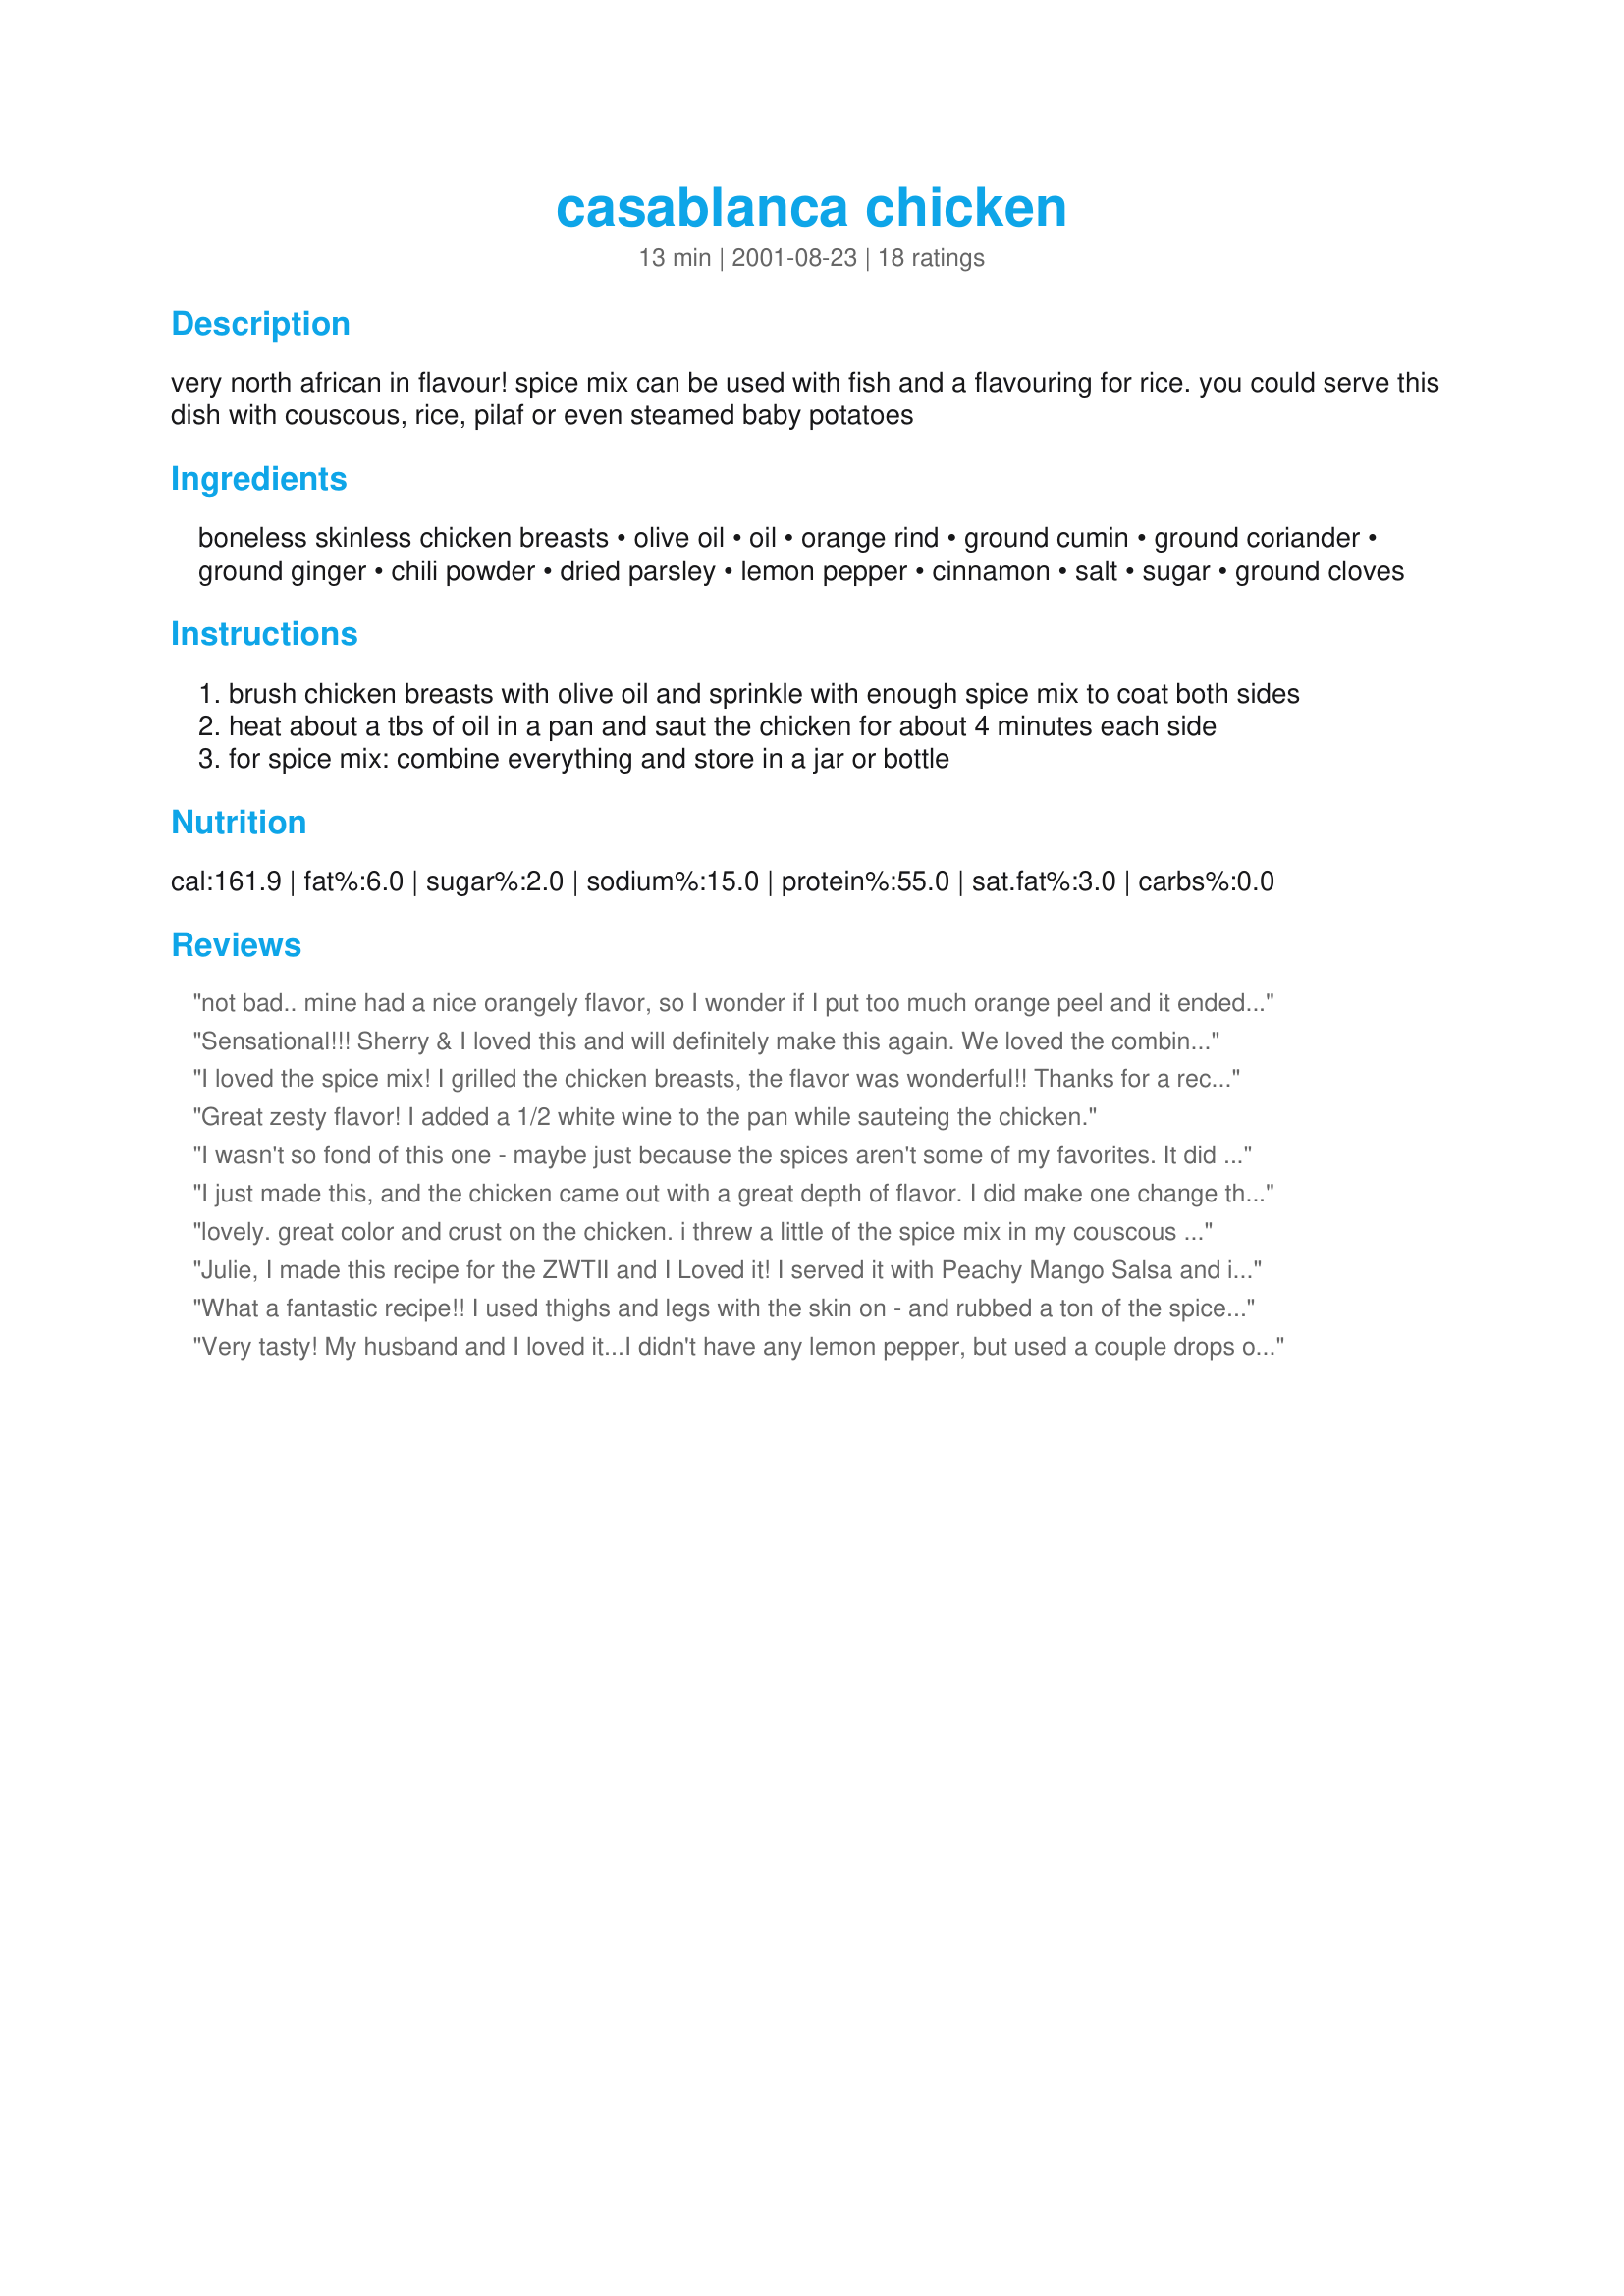
casablanca chicken
Preparation time: 13 minutes

very north african in flavour! spice mix can be used with fish and a flavouring for rice. you could serve this dish with couscous, rice, pilaf or even steamed baby potatoes

Ingredients:
boneless skinless chicken breasts, olive oil, oil, orange rind, ground cumin, ground coriander, ground ginger, chili powder, dried parsley, lemon pepper, cinnamon, salt, sugar, ground cloves

Steps:
brush chicken breasts with olive oil and sprinkle with enough spice mix to coat both sides
heat about a tbs of oil in a pan and saut the chicken for about 4 minutes each side
for spice mix: combine everything and store in a jar or bottle

Reviews:
not bad.. mine had a nice orangely flavor, so I wonder if I put too much orange peel and it ended up taking over the other flavors.. oh well, thanks
Sensational!!! Sherry & I loved this and will definitely make this again. We loved the combination of spices you came up with. We served this with a tossed salad and put the chicken over Basmati rice. Thank you!!!
I loved the spice mix!
I grilled the chicken breasts, the flavor was wonderful!!
Thanks for a recipe I will be using again!!

Great zesty flavor! I added a 1/2 white wine to the pan while sauteing the chicken.
I wasn't so fond of this one - maybe just because the spices aren't some of my favorites. It did keep the chicken nice and juicy, and adding white wine to the pan improved the flavor.
I just made this, and the chicken came out with a great depth of flavor. I did make one change though, I didn't have any orange rind, so instead of brushing the chicken breast with olive oil I brushed it with Orange Juice(with pulp) and sprinkled the spice on both sides. The spice stuck well, and I used about a 1 teaspoon of olive oil to lightly fry the chicken.
lovely. great color and crust on the chicken. i threw a little of the spice mix in my couscous and shallots too. and served with acorn squash roasted with maple syrup.
Julie, I made this recipe for the ZWTII and I Loved it! I served it with Peachy Mango Salsa and it was a hit! Thanks!
What a fantastic recipe!! I used thighs and legs with the skin on - and rubbed a ton of the spices into the chicken and let it marinate for two days. EXCELLENT!!! Broiled the chicken until the spice rub became a browned, caramelized crust ..wonderful! Try it with Moroccan Rice #82603 - you won't believe how good these are together. Thanks Julie!!! --
Very tasty! My husband and I loved it...I didn't have any lemon pepper, but used a couple drops of lemon juice and didn't notice a difference. Thank you for sharing the recipe we will be making this one again!
I used the spice mixture on chicken breasts that I lightly breaded first. I sprinkled-on the spices 5-minutes before the chicken was done. It was very good on breaded chicken. Thanks Julie.
Wonderful mix of spices. I did leave out the orange rind, but only because I didn't have any oranges around. The chicken tasted great reheated the next day.
The only thing I left out was the lemon pepper and orange peel (didn't have any) and the sugar (I forgot it). The spice mix still tasted great. The chicken came out a bit on the dry site though. Next time I try this I think I'll use the stuff I left out this time around.
This was wonderful. I had leftover chicken and used it later in a stir fry. It was great and I will plan to do this again. This recipe is a keeper.
Yummy chicken! I cooked it in the oven .. Thanks for an easy and tasty dish!
Perfect, perfect, perfect! and that was just my husband's comments! Truly delicious, a hit with everyone. I wouldn't change a thing.
Another night when I forgot to marinate the chicken breast and was trying to decide what to do when someone suggested this. I just loved how this was full of flavor yet required no advanced planning. The crust was just yummy and the perfect balance of spices. I used cooking spray to adhere the spices to the chicken and used just 2 teasppons of olive oil in a non-stick skillet -- making this very low fat -- another bonus in my book. Served this with Spiced Couscous Recipe #60838 and some grilled zucchini for a delightful quick meal. Thanks.
This was very nice. My only change was to cut the chicken breasts into bite-sized pieces before shaking in a plastic bag with some of the spice mix, then cooking in the olive oil. The chicken cooks quickly this way, not allowing it to dry-out. Served with a side of lemon rice. I do not think this recipe could be improved upon and will make it again.
